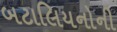
બટાલિયનોની